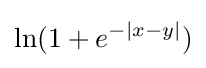
\ln(1+e^{-|x-y|})